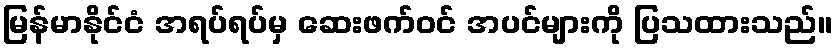
မြန်မာနိုင်ငံ အရပ်ရပ်မှ ဆေးဖက်ဝင် အပင်များကို ပြသထားသည်။